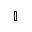
\mathbb { I }